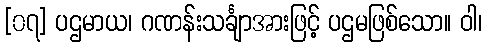
[၀၇] ပဌမာယ၊ ဂဏန်းသင်္ချာအားဖြင့် ပဌမဖြစ်သော။ ဝါ၊